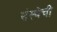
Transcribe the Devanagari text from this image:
संस्‍थेची